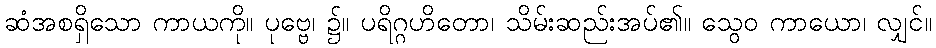
ဆံအစရှိသော ကာယကို။ ပုဗ္ဗေ၊ ၌။ ပရိဂ္ဂဟိတော၊ သိမ်းဆည်းအပ်၏။ သွေဝ ကာယော၊ လျှင်။